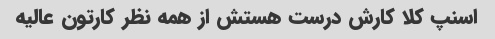
اسنپ کلا کارش درست هستش از همه نظر کارتون عالیه